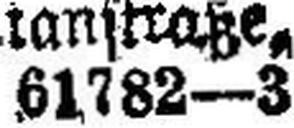
61782—3